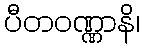
ပီတဝဏ္ဏာနိ၊